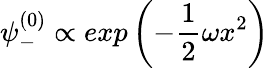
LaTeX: \psi_{-}^{(0)}\propto exp\left(-\frac{1}{2}\omega x^{2}\right)